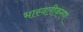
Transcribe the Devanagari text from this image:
भास्वतीकरण